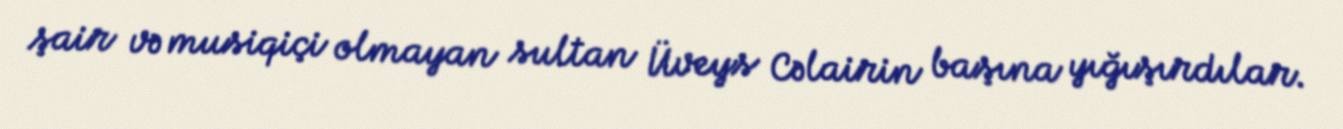
şair və musiqiçi olmayan sultan Üveys Cəlairin başına yığışırdılar.